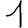
Digit: 1